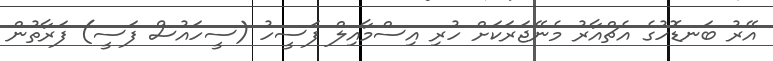
އޭރު ބަނޑޮހުގެ އެޗްއާރު މެނޭޖަރަކަށް ހުރި އިސްމާއިލް ފަސީހު (ސީހައުސް ފަސީ) ފަރާތުން